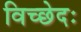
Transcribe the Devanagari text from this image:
विच्छेदः